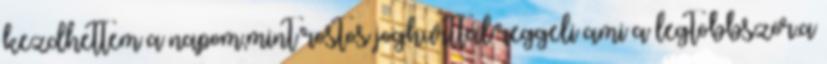
kezdhettem a napom,mint rostos joghurttal reggeli ami a legtöbbször.a